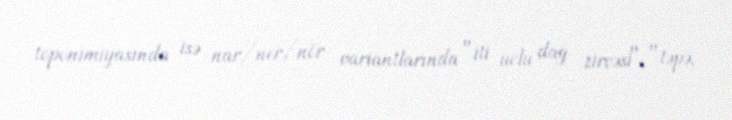
toponimiyasında isə nar/ner/nör variantlarında "iti uclu dağ zirvəsi", "təpə,